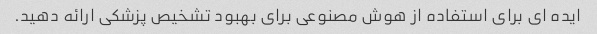
ایده ای برای استفاده از هوش مصنوعی برای بهبود تشخیص پزشکی ارائه دهید.